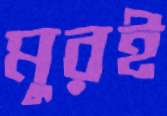
মুরই